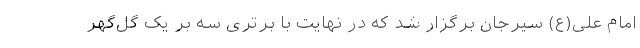
امام علی(ع) سیرجان برگزار شد که در نهایت با برتری سه بر یک گل‌گهر